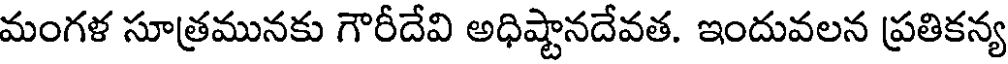
మంగళ సూత్రమునకు గౌరీదేవి అధిష్టానదేవత. ఇందువలన ప్రతికన్య